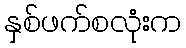
နှစ်ဖက်စလုံးက